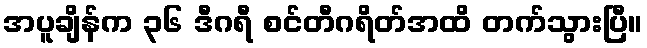
အပူချိန်က ၃၆ ဒီဂရီ စင်တီဂရိတ်အထိ တက်သွားပြီ။